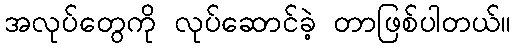
အလုပ်တွေကို လုပ်ဆောင်ခဲ့ တာဖြစ်ပါတယ်။